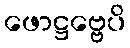
ဖောဋ္ဌဗ္ဗေပိ